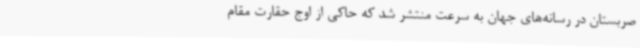
صربستان در رسانه‌های جهان به سرعت منتشر شد که حاکی از اوج حقارت مقام